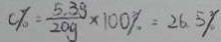
c \% = \frac { 5 . 3 g } { 2 0 g } \times 1 0 0 \% = 2 6 . 5 \%